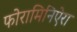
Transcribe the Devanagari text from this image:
फोरामिनिऐरा